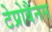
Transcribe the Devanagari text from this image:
टेप्रोबैनस